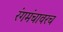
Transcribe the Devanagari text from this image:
रंगमंचावरच